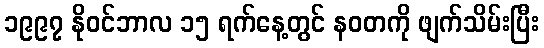
၁၉၉၇ နိုဝင်ဘာလ ၁၅ ရက်နေ့တွင် နဝတကို ဖျက်သိမ်းပြီး